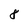
Character: 8